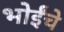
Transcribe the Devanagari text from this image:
भोईंचे